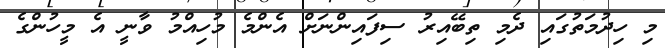
މި ހިދުމަތުގައި ދެމި ތިބޭއިރު ސިފައިންނަށް އެންމެ މުހިއްމު ވާނީ އެ މީހުންގެ